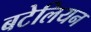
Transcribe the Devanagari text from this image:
बटेलियन